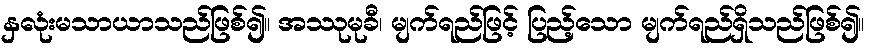
နှလုံးမသာယာသည်ဖြစ်၍။ အဿုမုခီ၊ မျက်ရည်ဖြင့် ပြည့်သော မျက်ရည်ရှိသည်ဖြစ်၍။